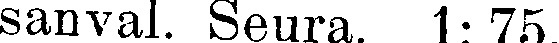
sanval. Seura. 1: 75.